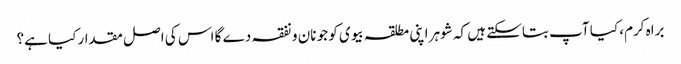
براہ کرم، کیا آپ بتاسکتے ہیں کہ شوہر اپنی مطلقہ بیوی کو جو نان و نفقہ دے گا اس کی اصل مقدار کیا ہے؟